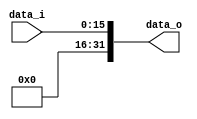
`timescale 1ns / 1ps
//////////////////////////////////////////////////////////////////////////////////
// Company: 
// Engineer: 
// 
// Design Name: 
// Module Name:    Unsign_Extend 
// Project Name: 
// Target Devices: 
// Tool versions: 
// Description: 
//
// Dependencies: 
//
// Revision: 
// Revision 0.01 - File Created
// Additional Comments: 
//
//////////////////////////////////////////////////////////////////////////////////
module Unsign_Extend(
    input [15:0] data_i,
    output [31:0] data_o
    );

assign data_o[31 -: 16] = 0;
assign data_o[31:0] = data_i;

endmodule